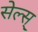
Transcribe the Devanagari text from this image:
सेल्स्